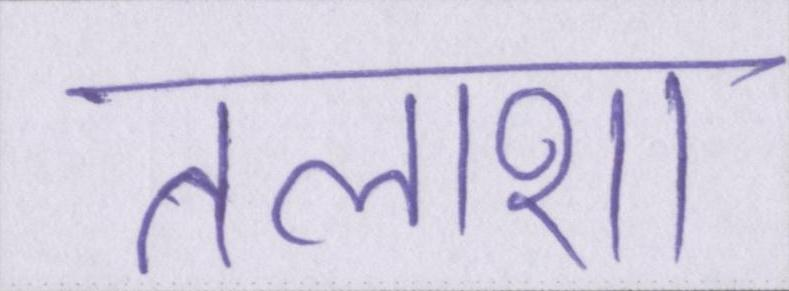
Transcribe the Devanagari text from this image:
तलाशा